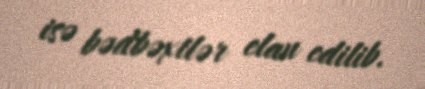
isə bədbəxtlər elan edilib.